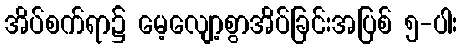
အိပ်စက်ရာ၌ မေ့လျော့စွာအိပ်ခြင်းအပြစ် ၅-ပါး